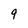
Character: q